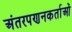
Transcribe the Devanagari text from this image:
अंतरपणनकर्ताओं